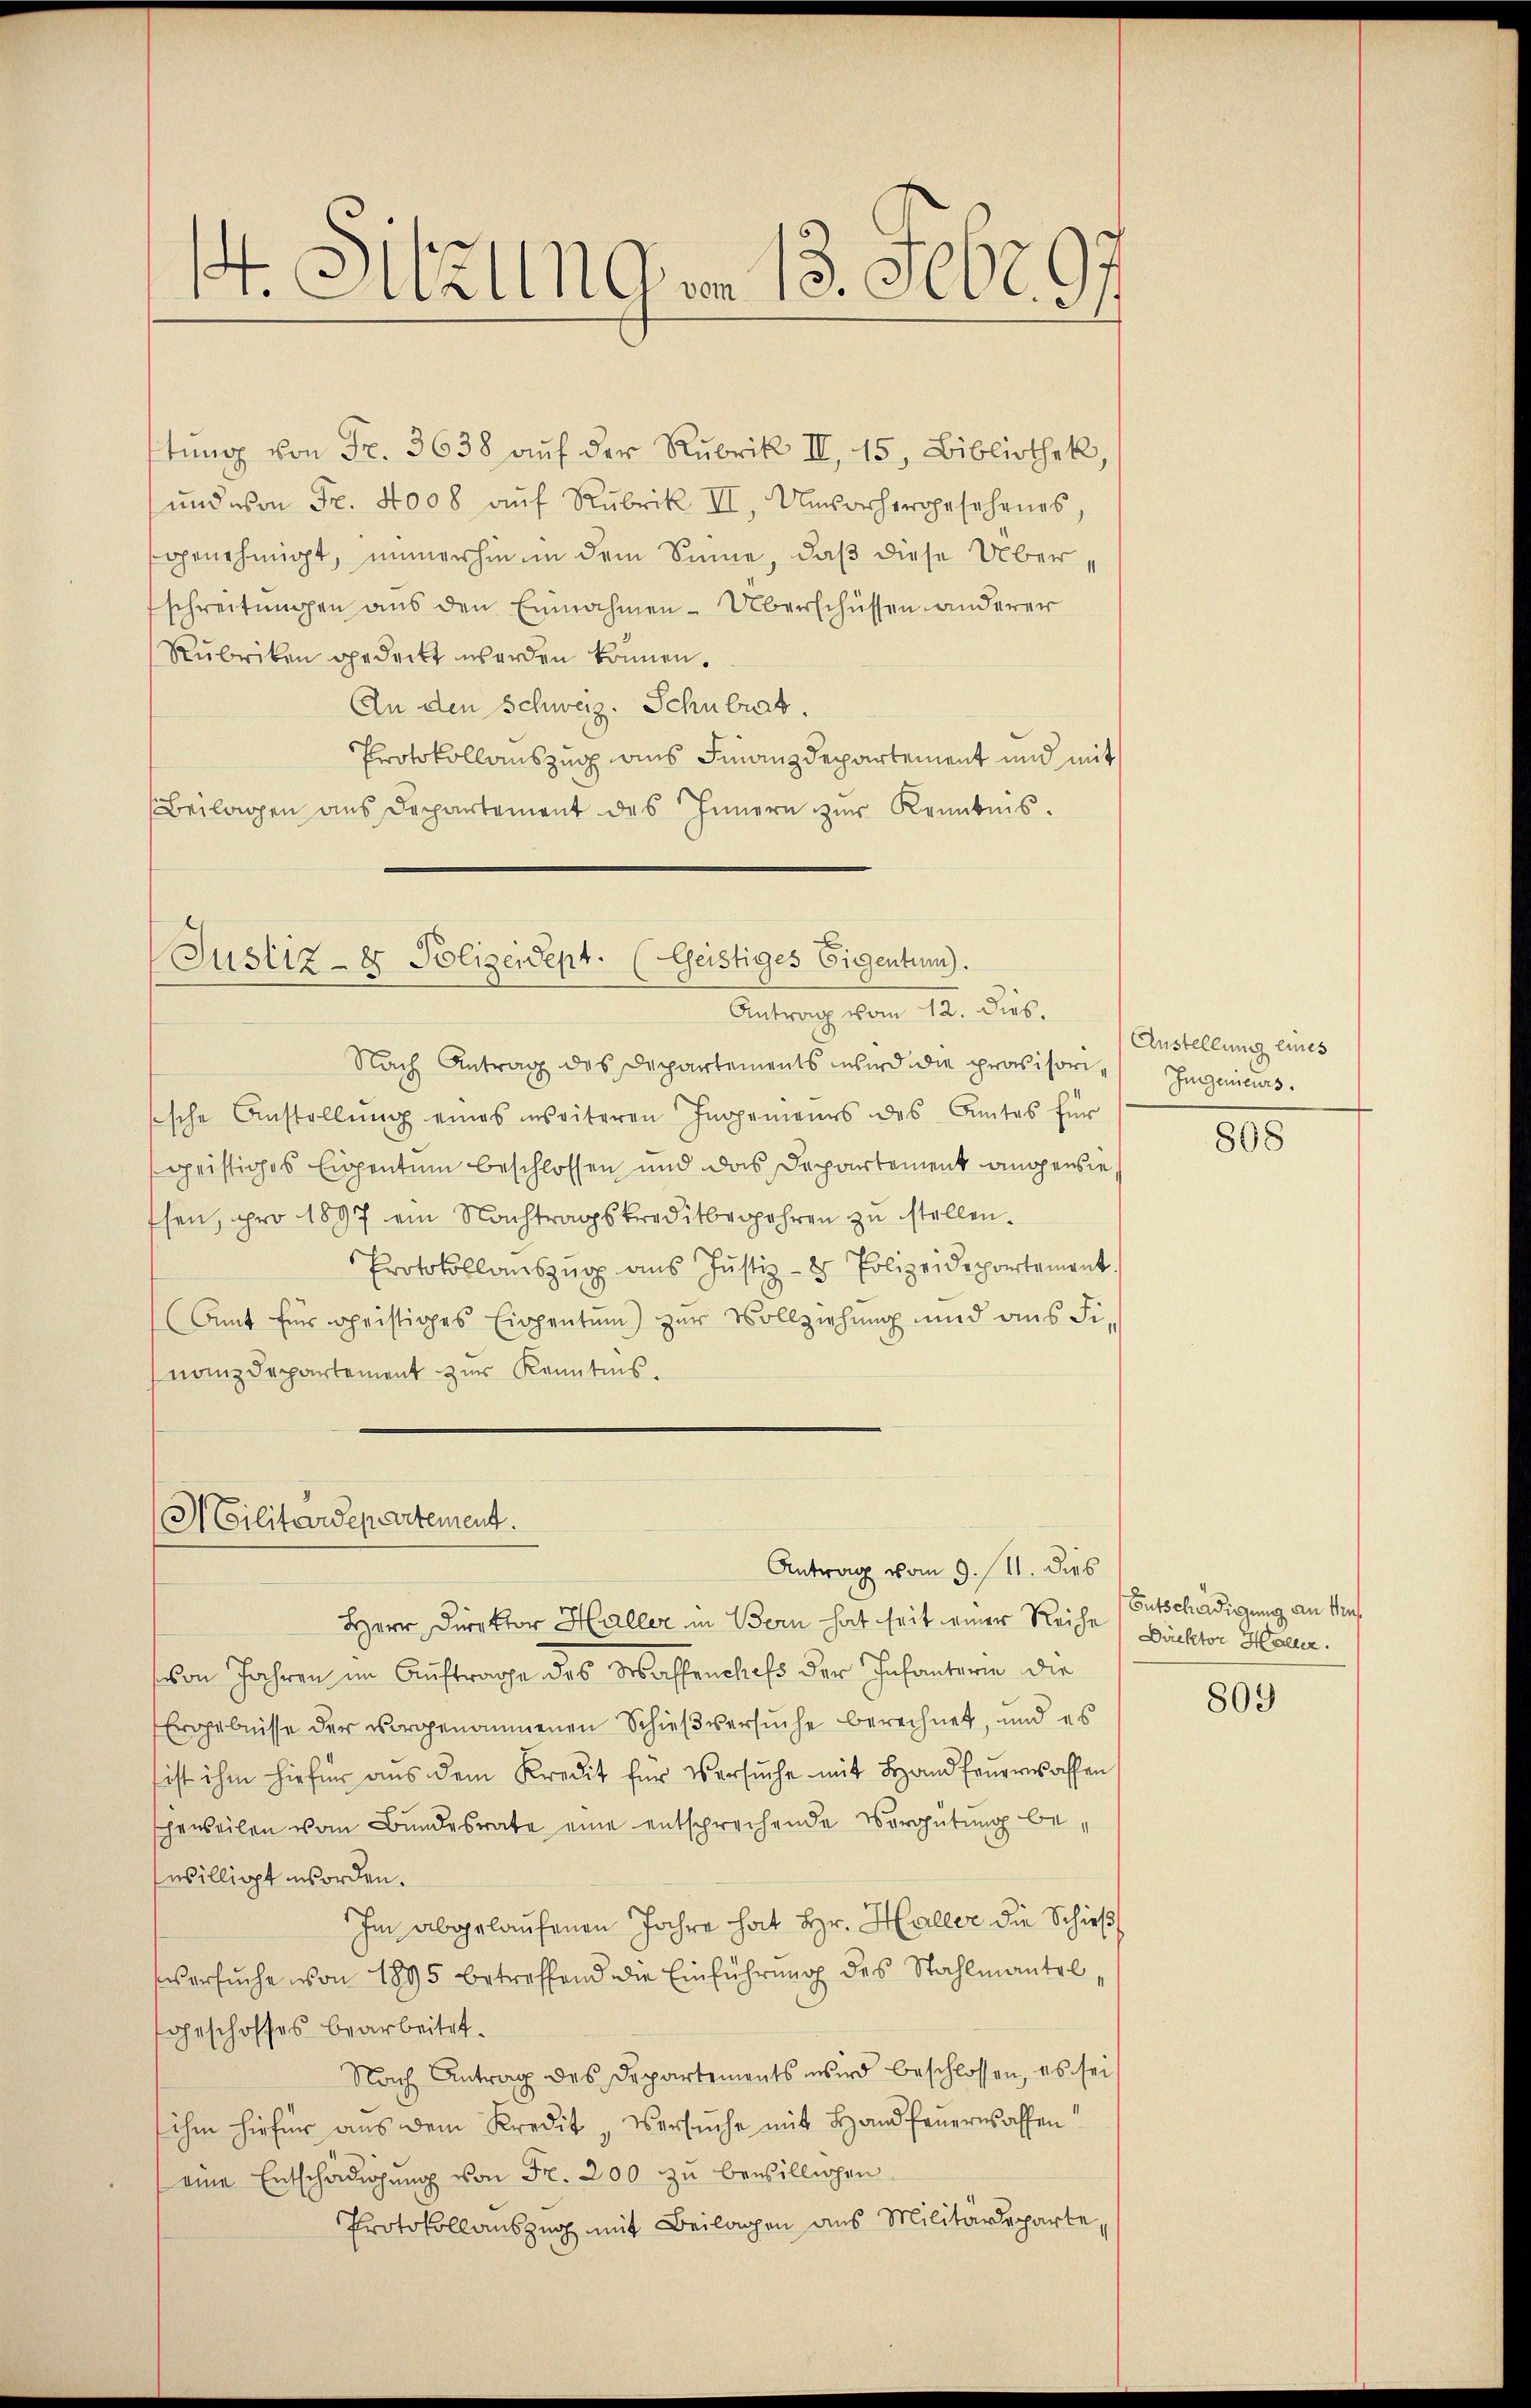
14. Sitzungen 13. Febr. 97

ftŭng von Fr. 3638 aŭf der Rubrik II, 15, Bibliothek,
und von Fr. 4008 aŭf Rubrik III, Unvorhergesehenes,
sogenehmigt, immerhin in dem Sinne, daß diese Überschreitungen aus den Einnahmen - Überschüssen anderer
Rubriken gedeckt werden können.
An den Schweiz. Schulrat.
Protokollauszug aus Finanzdepartement und mit
Beilagen aus Departement des Innern zur Kenntnis.

Justiz- & Polizeidept. (Geistiges Eigentum).
Antrag von 12. Jul.

Nach Antrag des Departements wird die provisori- Ingenieurs.
sche Anstellŭng eines weiteren Ingenieurs des Amtes für
geistiges Eigentum beschlossen und das Departement angewiethen, pro 1897 ein Nachtragskreditbegehren zu stellen.
Protokollauszug aus Justiz- & Polizeidepartement
(Amt Ein Speistiges Eispentum) zur Vollziehung und aus Finanzdepartement zur Kenntnis.

Militardepartement.

Antrag vom 9. / 11. dies

Herr Direktor Haller in Bern hat seit einer Reiche Bäcktor Haller.
schon Jahren im Auftrage des Wassenchefs der Infanterin die
Ergebnisse der vorgenommenen Schießversuche berechnet, und es
ist ihm hiefür aus dem Kredit für Versuche mit Hand feuerwaffen
schenseilen vom Bundesrate eine entsprechende Vergütung benbilligt worden.
hm abgelaufenen Jahre hat Hr. Haller die Schieß
sversuche von 1895 betreffend die Einführung des Stahlmantel,
geschosses bearbeitet.
Nach Antrag des Departements wird beschlossen, es sei
ihm hiefür aus dem Kredit „Versuche mit Hand feuerwaffen
eine Entschädigŭng von Fr. 200 zu bewilligen
Protokollauszug mit Beilagen aus Militärdeparte,

Austellung eines

808

Entschädigung an Mus¬

809